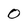
Character: 0